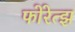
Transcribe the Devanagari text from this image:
फोरेत्झ